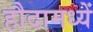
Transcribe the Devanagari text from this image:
हौदामध्यें